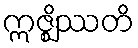
ဣဇ္ဈိဿတိ